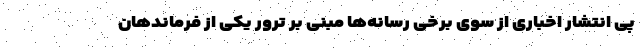
پی انتشار اخباری از سوی برخی رسانه‌ها مبنی بر ترور یکی از فرماندهان